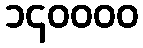
၁၄၀၀၀၀